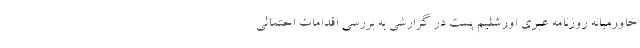
خاورمیانه روزنامه عبری اورشلیم پست در گزارشی به بررسی اقدامات احتمالی